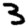
Digit: 3